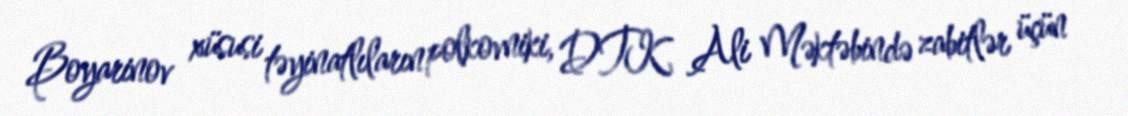
Boyarinov xüsusi təyinatlıların polkovniki, DTK Ali Məktəbində zabitlər üçün